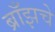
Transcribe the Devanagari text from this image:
ब्राँझचे